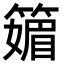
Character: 䉋